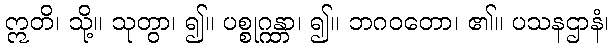
ဣတိ၊ သို့။ သုတွာ၊ ၍။ ပစ္စုဂ္ဂန္တာ၊ ၍။ ဘဂဝတော၊ ၏။ ပသနဌာနံ၊